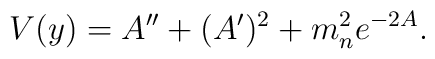
V(y)=A^{\prime\prime}+(A^{\prime})^2+m^2_ne^{-2A}.